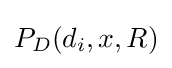
P_{D}(d_{i},x,R)